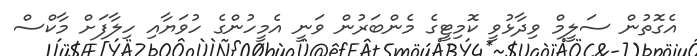
އެގޮތުން ސަލީމް ވިދާޅުވީ ކޮމިޓީގެ މެންބަރުން ވަނީ އެމީހުންގެ ހުވަޔާއި ހިލާފަށް މާކްސް